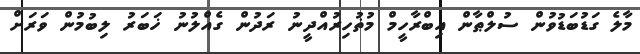
މާލެ ގަޑުބަޑުވުން ސުލްޠާން އިބްރާހީމް މުޡުހިރުއްދީނު ރަދުން ގެއްލުނު ޚަބަރު ލިބުމުން ވަރަށް